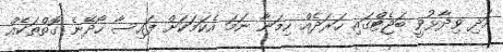
އަދި ވިދާޅުވީ ބަޖެޓްގައި ހަރަދެއް ހިމަނާ ނަމަ އެކަމަކަށް ފައިސާ ހޯދޭނެ ގޮތްތަކެއް